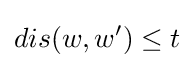
dis(w,w')\leq t